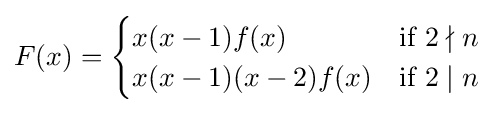
\displaystyle F(x)={\begin{cases}x(x-1)f(x)&{\text{if }}2\nmid n\\x(x-1)(x-2)f(x)&{\text{if }}2\mid n\end{cases}}